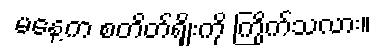
မနေ့က စတိတ်ရှိုးကို ကြိုက်သလား။